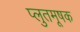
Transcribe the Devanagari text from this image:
प्लुतमूषक